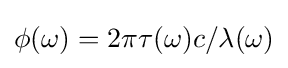
\phi (\omega )=2\pi \tau (\omega )c/\lambda (\omega )